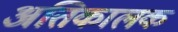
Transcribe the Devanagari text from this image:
अतिकालक